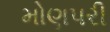
મોણપરી